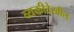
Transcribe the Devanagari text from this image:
व्यक्तीदेखील